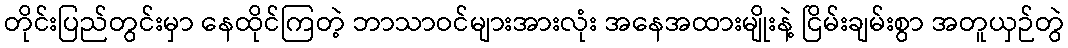
တိုင်းပြည်တွင်းမှာ နေထိုင်ကြတဲ့ ဘာသာဝင်များအားလုံး အနေအထားမျိုးနဲ့ ငြိမ်းချမ်းစွာ အတူယှဉ်တွဲ